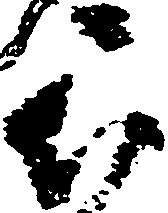
被